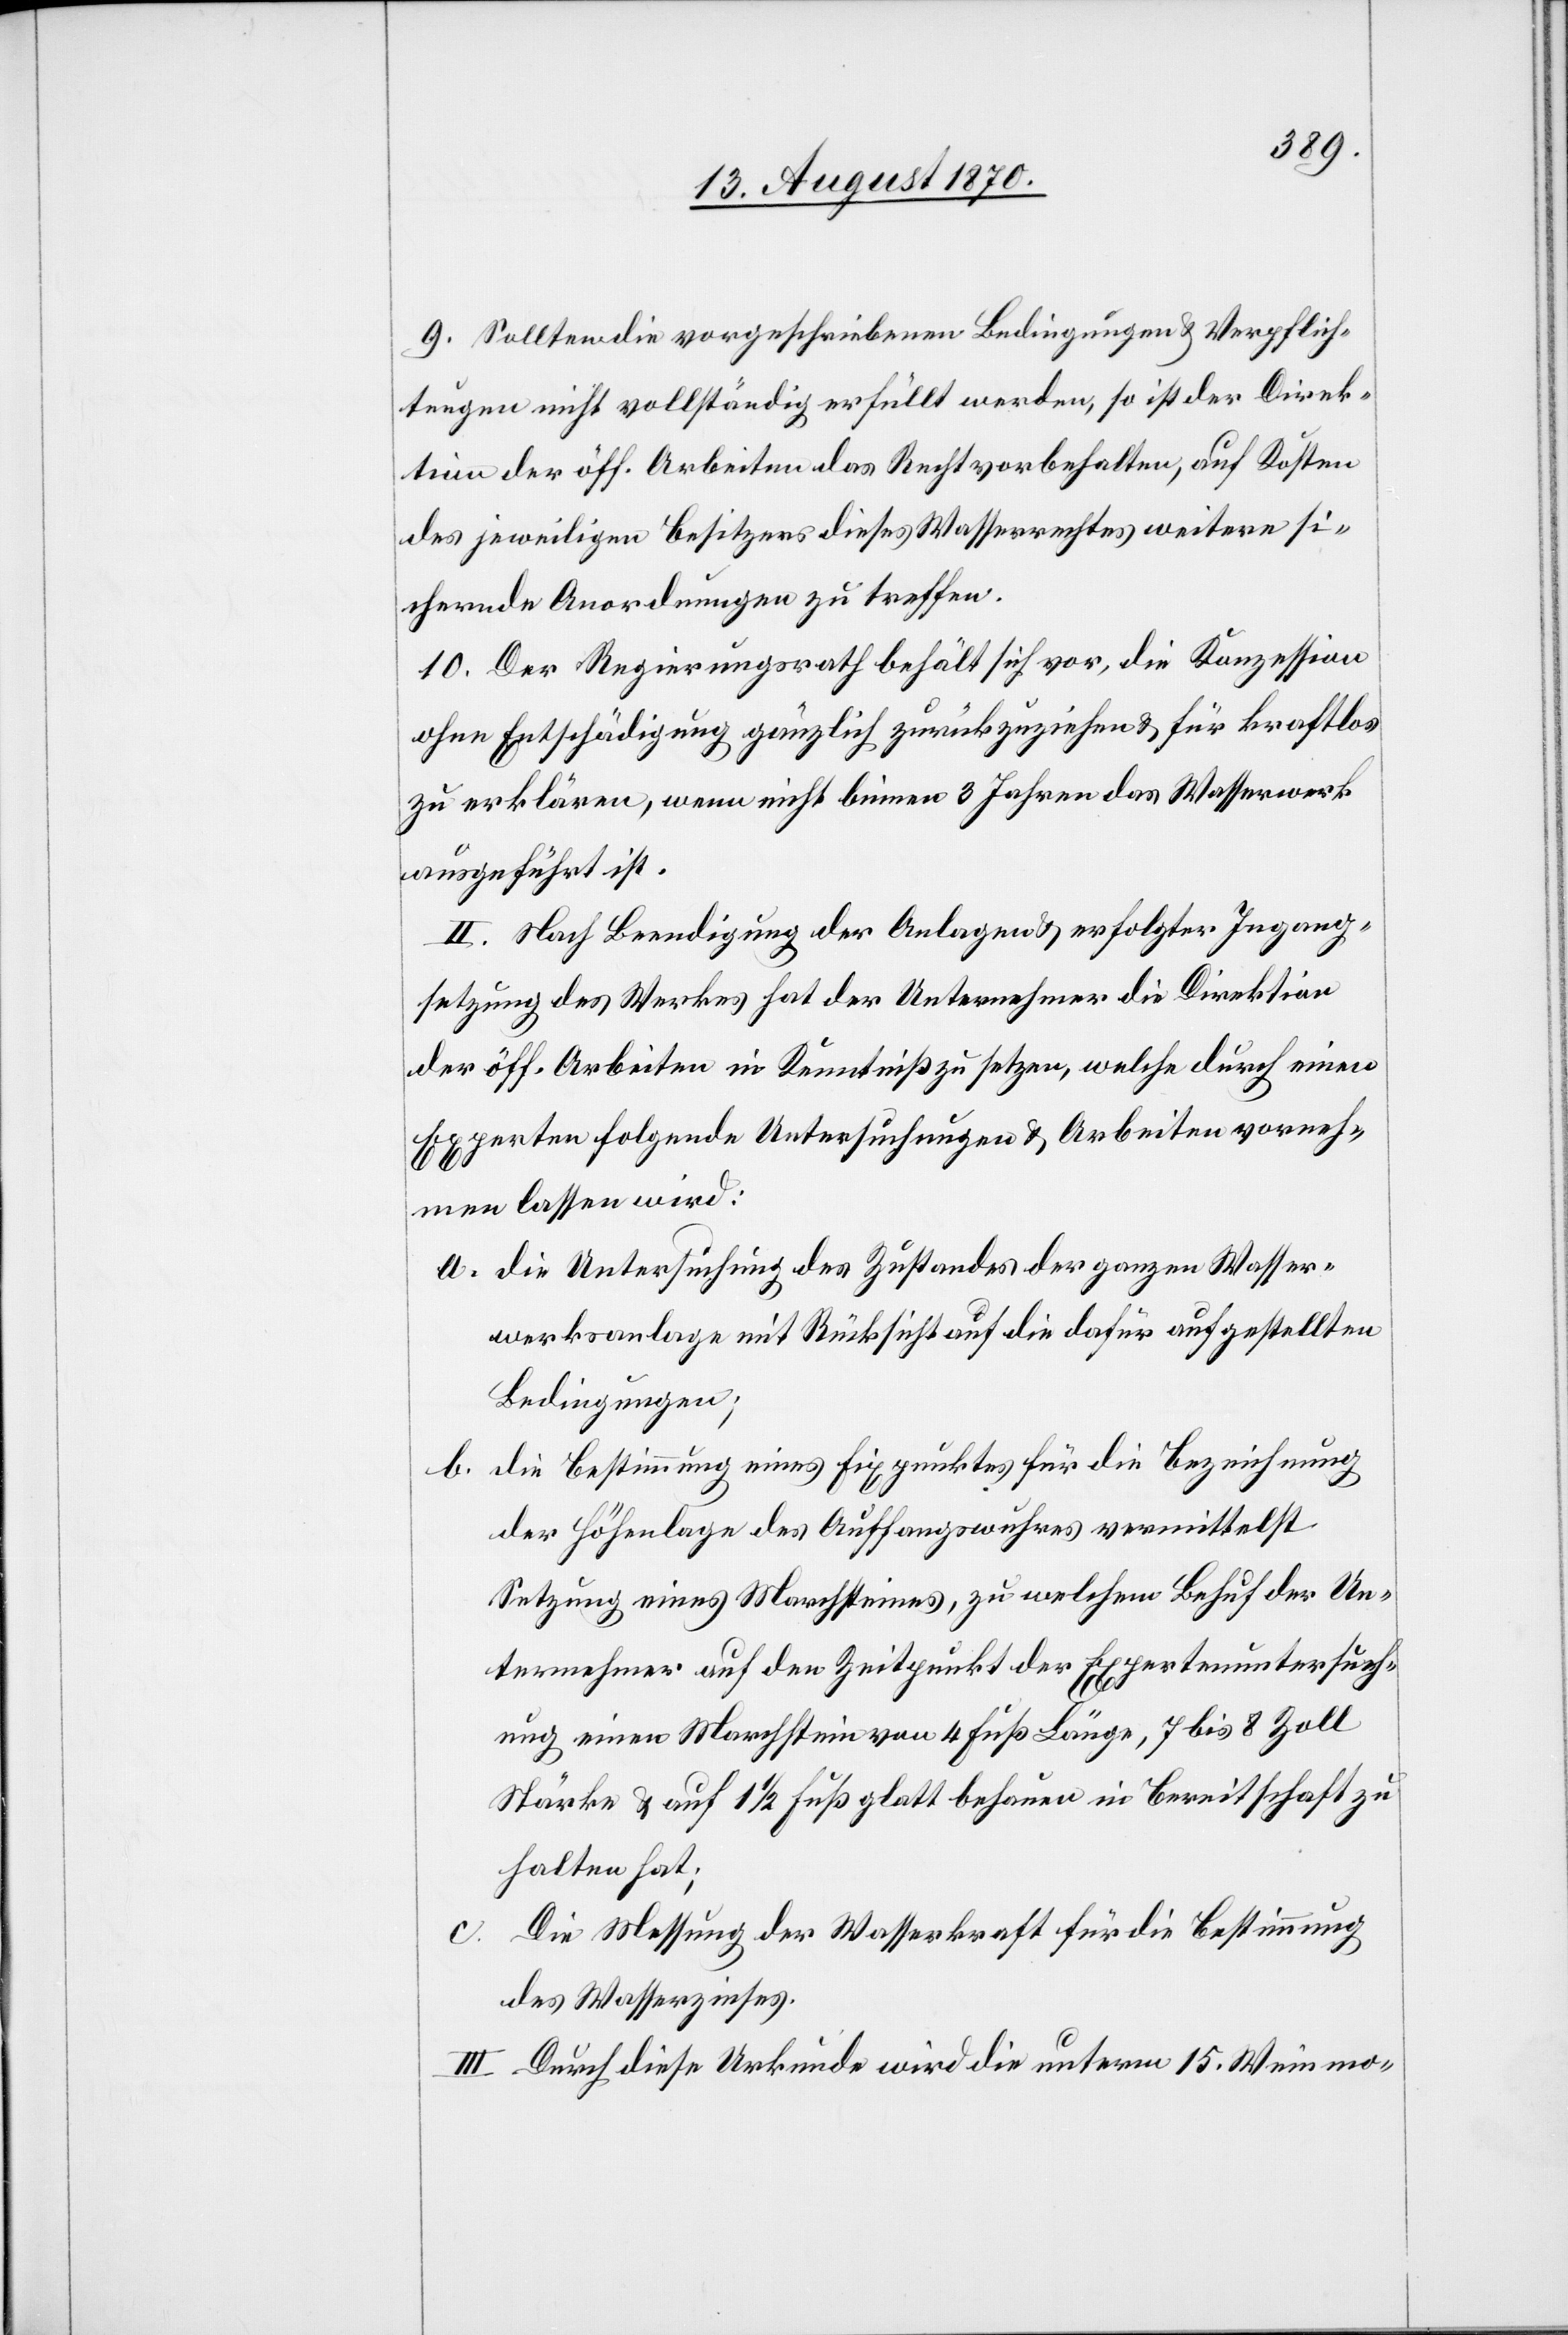
9. Sollten die vorgeschriebenen Bedingungen & Verpflich¬
tungen nicht vollständig erfüllt werden, so ist der Direk¬
tion der öff. Arbeiten das Recht vorbehalten, auf Kosten
des jeweiligen Besitzers dieses Wasserrechtes weitere si¬
chernde Anordnungen zu treffen.
10. Der Regierungsrath behält sich vor, die Konzession
ohne Entschädigung gänzlich zurückzuziehen & für kraftlos
zu erklären, wenn nicht binnen 3 Jahren das Wasserwerk
ausgeführt ist.
II. Nach Beendigung der Anlagen & erfolgter Ingang¬
setzung des Werkes hat der Unternehmer die Direktion
der öff. Arbeiten in Kenntniß zu setzen, welche durch einen
Experten folgende Untersuchungen & Arbeiten vorneh¬
men lassen wird:
a. die Untersuchung des Zustandes der ganzen Wasser¬
werksanlage mit Rücksicht auf die dafür aufstellten
Bedingungen;
b. die Bestimmung eines Fixpunktes für die Bezeichnung
der Höhenlage des Auffangswuhres vermittelst
Setzung eines Marchsteines, zu welchem Behuf der Un¬
ternehmer auf den Zeitpunkt der Expertenuntersuch¬
ung einen Marchstein von 4 Fuß Länge, 7 bis 8 Zoll
Stärke & auf 1 1/2 Fuß glatt behauen in Bereitschaft zu
halten hat;
Die Messung der Wasserkraft für die Bestimmung
des Wasserzinses.
III. Durch diese Urkunde wird die unterm 15. Weinmo-